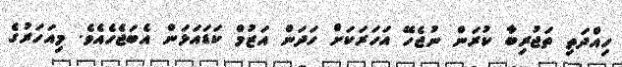
ހިއްދަތި ތަޖުރިބާ ކުރަން ނުޖެހޭ އަހަރަކަށް ހަދަން އަޒުމް ކަޑައަޅަން އެބަޖެހެއެވެ. މިއަހަރުގެ